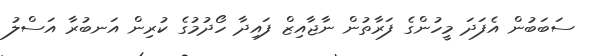
ސަބަބުން އެފަދަ މީހުންގެ ފަރާތުން ނާޖާއިޒް ފައިދާ ހޯދުމުގެ ކުރިން އަނބުރާ އަސްލު